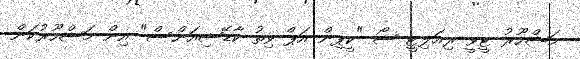
މަޝްހޫރު ޓީވީ ރިއަލިޓީ ޝޯ "ކީޕިން އަޕް ވިތު ކާޑޭޝިއަންސް" އިން މަޝްހޫރުކަން